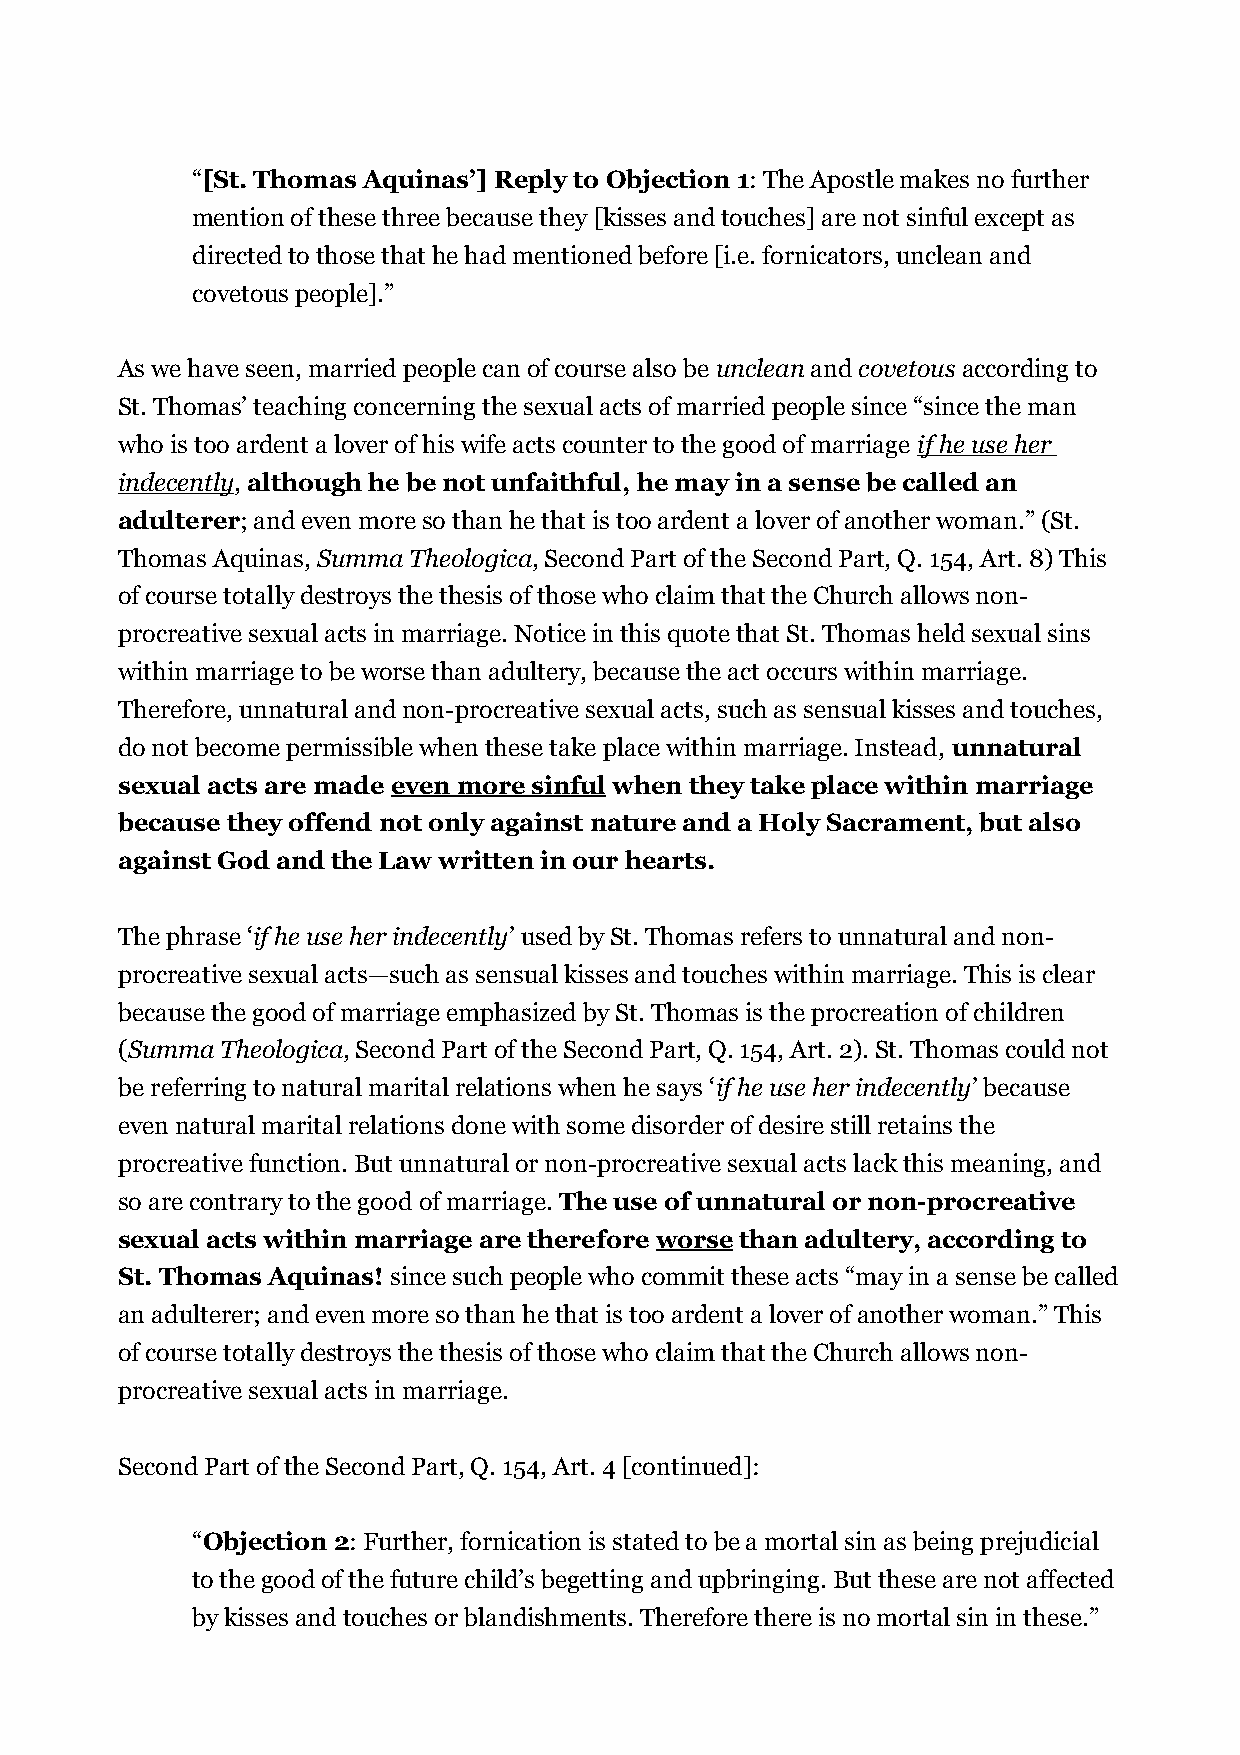
“[St. Thomas Aquinas’] Reply to Objection 1: The Apostle makes no further
 mention of these three because they [kisses and touches] are not sinful except as
 directed to those that he had mentioned before [i.e. fornicators, unclean and
 covetous people].”
 As we have seen, married people can of course also be unclean and covetous according to
 St. Thomas’ teaching concerning the sexual acts of married people since “since the man
 who is too ardent a lover of his wife acts counter to the good of marriage if he use her
 indecently, although he be not unfaithful, he may in a sense be called an
 adulterer; and even more so than he that is too ardent a lover of another woman.” (St.
 Thomas Aquinas, Summa Theologica, Second Part of the Second Part, Q. 154, Art. 8) This
 of course totally destroys the thesis of those who claim that the Church allows non-
 procreative sexual acts in marriage. Notice in this quote that St. Thomas held sexual sins
 within marriage to be worse than adultery, because the act occurs within marriage.
 Therefore, unnatural and non-procreative sexual acts, such as sensual kisses and touches,
 do not become permissible when these take place within marriage. Instead, unnatural
 sexual acts are made even more sinful when they take place within marriage
 because they offend not only against nature and a Holy Sacrament, but also
 against God and the Law written in our hearts.
 The phrase ‘if he use her indecently’ used by St. Thomas refers to unnatural and non-
 procreative sexual acts—such as sensual kisses and touches within marriage. This is clear
 because the good of marriage emphasized by St. Thomas is the procreation of children
 (Summa Theologica, Second Part of the Second Part, Q. 154, Art. 2). St. Thomas could not
 be referring to natural marital relations when he says ‘if he use her indecently’ because
 even natural marital relations done with some disorder of desire still retains the
 procreative function. But unnatural or non-procreative sexual acts lack this meaning, and
 so are contrary to the good of marriage. The use of unnatural or non-procreative
 sexual acts within marriage are therefore worse than adultery, according to
 St. Thomas Aquinas! since such people who commit these acts “may in a sense be called
 an adulterer; and even more so than he that is too ardent a lover of another woman.” This
 of course totally destroys the thesis of those who claim that the Church allows non-
 procreative sexual acts in marriage.
 Second Part of the Second Part, Q. 154, Art. 4 [continued]:
 “Objection 2: Further, fornication is stated to be a mortal sin as being prejudicial
 to the good of the future child’s begetting and upbringing. But these are not affected
 by kisses and touches or blandishments. Therefore there is no mortal sin in these.”